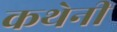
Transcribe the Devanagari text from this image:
कथेनी